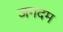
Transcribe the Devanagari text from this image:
जगदम